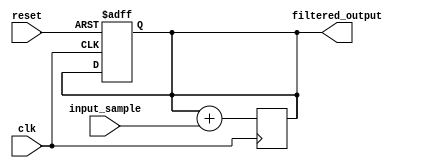
module iir_filter_accumulator (
  input wire clk,
  input wire reset,
  input wire [15:0] input_sample,
  output wire [15:0] filtered_output
);

reg [15:0] accumulator;

// Initialize accumulator to 0
always @(posedge clk or posedge reset) begin
  if (reset) begin
    accumulator <= 16'b0;
  end
end

// Perform accumulation of input samples with previous outputs
always @(posedge clk) begin
  accumulator <= accumulator + input_sample;
end

assign filtered_output = accumulator;

endmodule